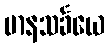
မာနသင်္ခယေ